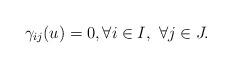
LaTeX: \begin{align*} \gamma_{ij}(u)= 0,\forall i\in I,\ \forall j\in J.\end{align*}